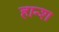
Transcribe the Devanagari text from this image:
हान्श